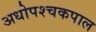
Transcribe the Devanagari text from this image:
अधोपश्चकपाल